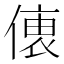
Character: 𠍡